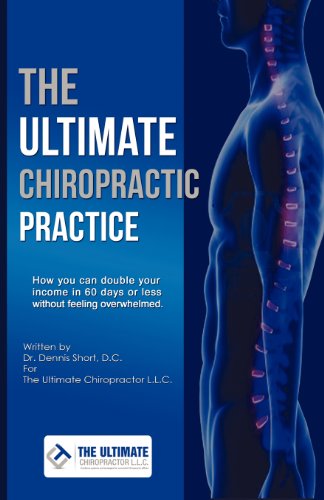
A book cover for The Ultimate Chiropractic Practice: How You Can Double Your Income in 60 Days or Less Without Feeling Overwhelmed; Dennis Short; Business & Money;